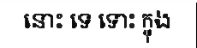
នោះ ទេ ទោះ ក្នុង